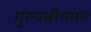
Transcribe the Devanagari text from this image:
गुरुपत्नीगमन